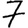
Digit: 7